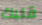
قلبك